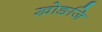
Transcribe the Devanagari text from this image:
खोङजि